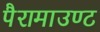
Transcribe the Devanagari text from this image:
पैरामाउण्ट